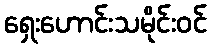
ရှေးဟောင်းသမိုင်းဝင်